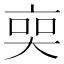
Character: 𠅧